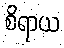
စိရာယ